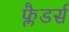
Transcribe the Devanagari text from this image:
फ्लैडर्स